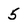
Character: 5